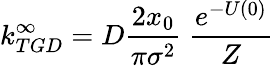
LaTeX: k_{TGD}^{\infty}=D\frac{2x_{0}}{\pi\sigma^{2}}\ \frac{e^{-U(0)}}{Z}